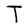
Character: T